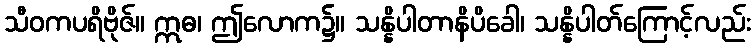
သီဝကပရိဗိုဇ်။ ဣဓ၊ ဤလောက၌။ သန္နိပါတာနိပိခေါ၊ သန္နိပါတ်ကြောင့်လည်း